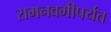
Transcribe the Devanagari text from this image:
रामनवमीपर्यंत